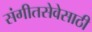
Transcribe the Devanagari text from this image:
संगीतसेवेसाठी